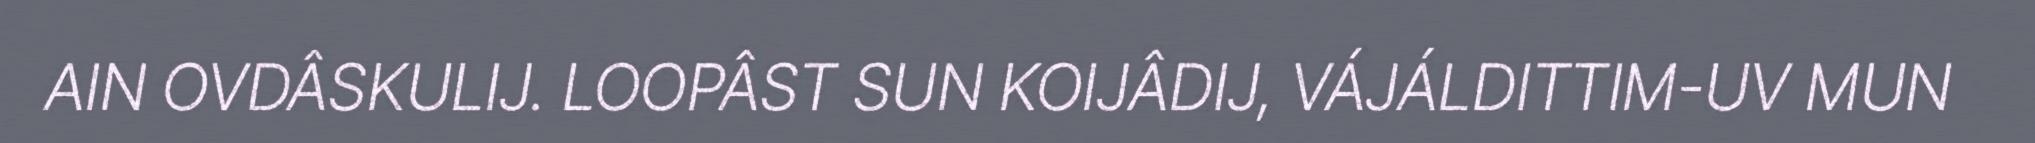
AIN OVDÂSKULIJ. LOOPÂST SUN KOIJÂDIJ, VÁJÁLDITTIM-UV MUN